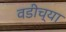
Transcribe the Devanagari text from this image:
वडीच्या